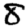
Digit: 8